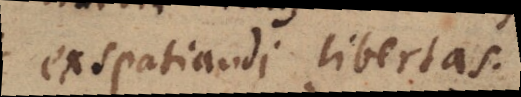
exspatiandi libertas.